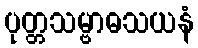
ပုတ္တသမ္ဗာဓသယနံ